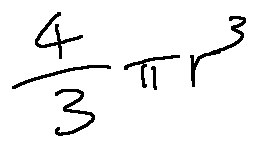
\frac { 4 } { 3 } \pi r ^ { 3 }